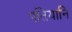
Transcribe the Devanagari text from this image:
पतियानि